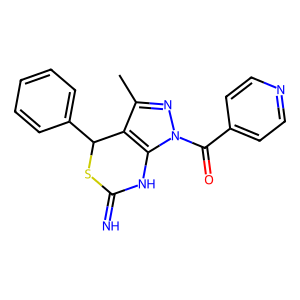
SMILES: Cc1nn(C(=O)c2ccncc2)c2c1C(c1ccccc1)SC(=N)N2
Inhibits HIV replication: Yes